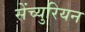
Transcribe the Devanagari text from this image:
सेंच्युरियन